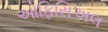
ઓફિસિઅલ